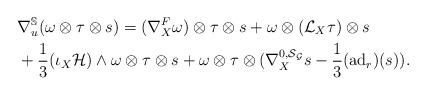
LaTeX: \begin{align*}& \nabla^{\mathbb{S}}_{u} ( \omega \otimes \tau \otimes s) =( \nabla^{F}_{X} \omega ) \otimes \tau \otimes s +\omega\otimes ( {\mathcal L}_{X} \tau ) \otimes s \\& +\frac{1}{3} (\iota_{X}{\mathcal H})\wedge \omega \otimes \tau \otimes s + \omega \otimes \tau \otimes ( \nabla^{0, \mathcal S_{\mathcal G}}_{X} s -\frac{1}{3} (\mathrm{ad}_{r}) (s)) .\end{align*}